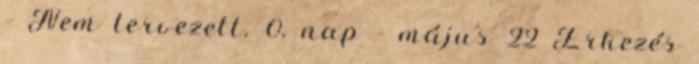
- Nem tervezett. 0. nap - május 22 Érkezés